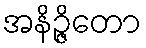
အနိဉ္ဇိတော